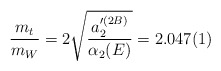
\begin{align*}\frac{m_t}{m_W} = 2 \sqrt{\frac{a_2'^{(2B)}}{\alpha_2 (E)}} =2.047(1)\end{align*}